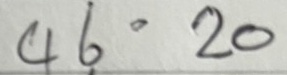
46 = 20